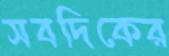
সবদিকের